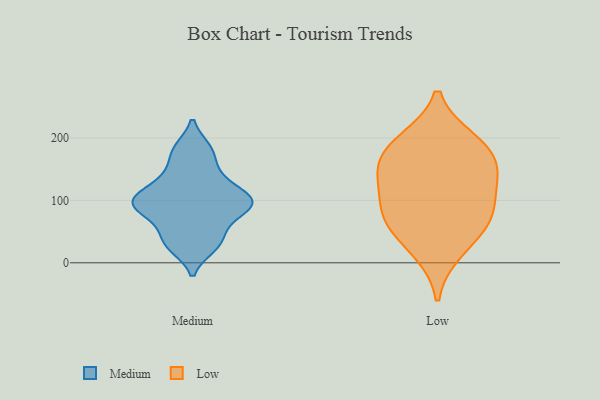
{"axis": {"x": "Budget (USD K)", "y": "Value"}, "legend": ["Low", "Medium"], "data": [{"x": "", "y": 24, "type": "Medium"}, {"x": "", "y": 90, "type": "Medium"}, {"x": "", "y": 107, "type": "Medium"}, {"x": "", "y": 156, "type": "Medium"}, {"x": "", "y": 121, "type": "Medium"}, {"x": "", "y": 92, "type": "Medium"}, {"x": "", "y": 79, "type": "Medium"}, {"x": "", "y": 24, "type": "Medium"}, {"x": "", "y": 70, "type": "Medium"}, {"x": "", "y": 41, "type": "Medium"}, {"x": "", "y": 143, "type": "Medium"}, {"x": "", "y": 94, "type": "Medium"}, {"x": "", "y": 47, "type": "Medium"}, {"x": "", "y": 184, "type": "Medium"}, {"x": "", "y": 96, "type": "Medium"}, {"x": "", "y": 119, "type": "Medium"}, {"x": "", "y": 183, "type": "Medium"}, {"x": "", "y": 102, "type": "Medium"}, {"x": "", "y": 136, "type": "Low"}, {"x": "", "y": 59, "type": "Low"}, {"x": "", "y": 76, "type": "Low"}, {"x": "", "y": 189, "type": "Low"}, {"x": "", "y": 195, "type": "Low"}, {"x": "", "y": 19, "type": "Low"}, {"x": "", "y": 148, "type": "Low"}, {"x": "", "y": 110, "type": "Low"}, {"x": "", "y": 73, "type": "Low"}, {"x": "", "y": 166, "type": "Low"}]}